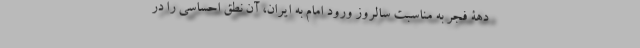
دهۀ فجر به مناسبت سالروز ورود امام به ایران، آن نطق احساسی را در